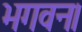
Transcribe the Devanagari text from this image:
भगवन।